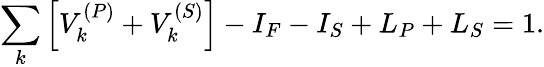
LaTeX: \sum_{k}\left[V_{k}^{(P)}+V_{k}^{(S)}\right]-I_{F}-I_{S}+L_{P}+L_{S}=1.